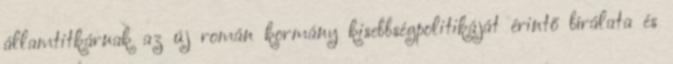
államtitkárnak az új román kormány kisebbségpolitikáját érintő bírálata és